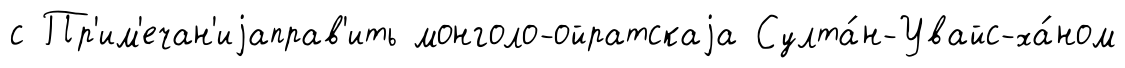
с Пр'им'ечан'иjаправ'ить монголо-ойратскаjа Султа́н-Увайс-ха́ном